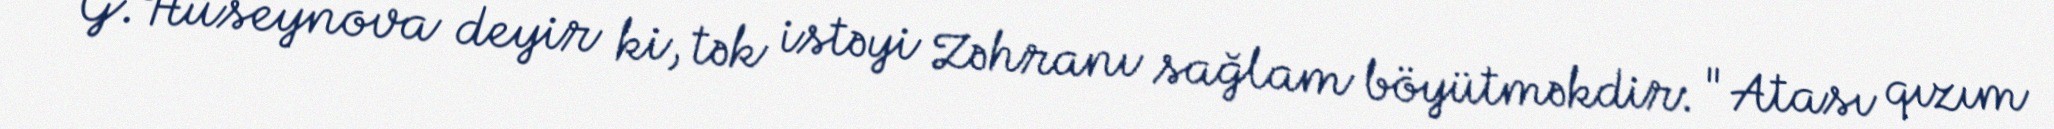
G.Hüseynova deyir ki, tək istəyi Zəhranı sağlam böyütməkdir: "Atası qızım